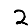
Digit: 2